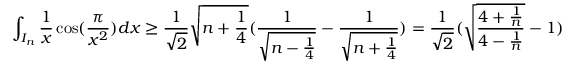
\int _ { I _ { n } } { \frac { 1 } { x } } \cos ( { \frac { \pi } { x ^ { 2 } } } ) d x \ge { \frac { 1 } { \sqrt { 2 } } } \sqrt { n + { \frac { 1 } { 4 } } } ( { \frac { 1 } { \sqrt { n - { \frac { 1 } { 4 } } } } } - { \frac { 1 } { \sqrt { n + { \frac { 1 } { 4 } } } } } ) = { \frac { 1 } { \sqrt { 2 } } } ( \sqrt { { \frac { 4 + { \frac { 1 } { n } } } { 4 - { \frac { 1 } { n } } } } } - 1 )